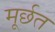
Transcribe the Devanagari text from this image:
मूर्छत